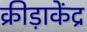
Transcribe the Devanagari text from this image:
क्रीड़ाकेंद्र